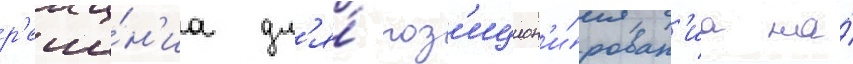
р'еше́н'иа дл'я́ поз'ицион'и́рован'иа на́